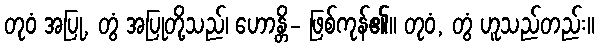
တုဝံ အပြု, တွံ အပြုတို့သည်၊ ဟောန္တိ- ဖြစ်ကုန်၏။ တုဝံ, တွံ ဟူသည်တည်း။